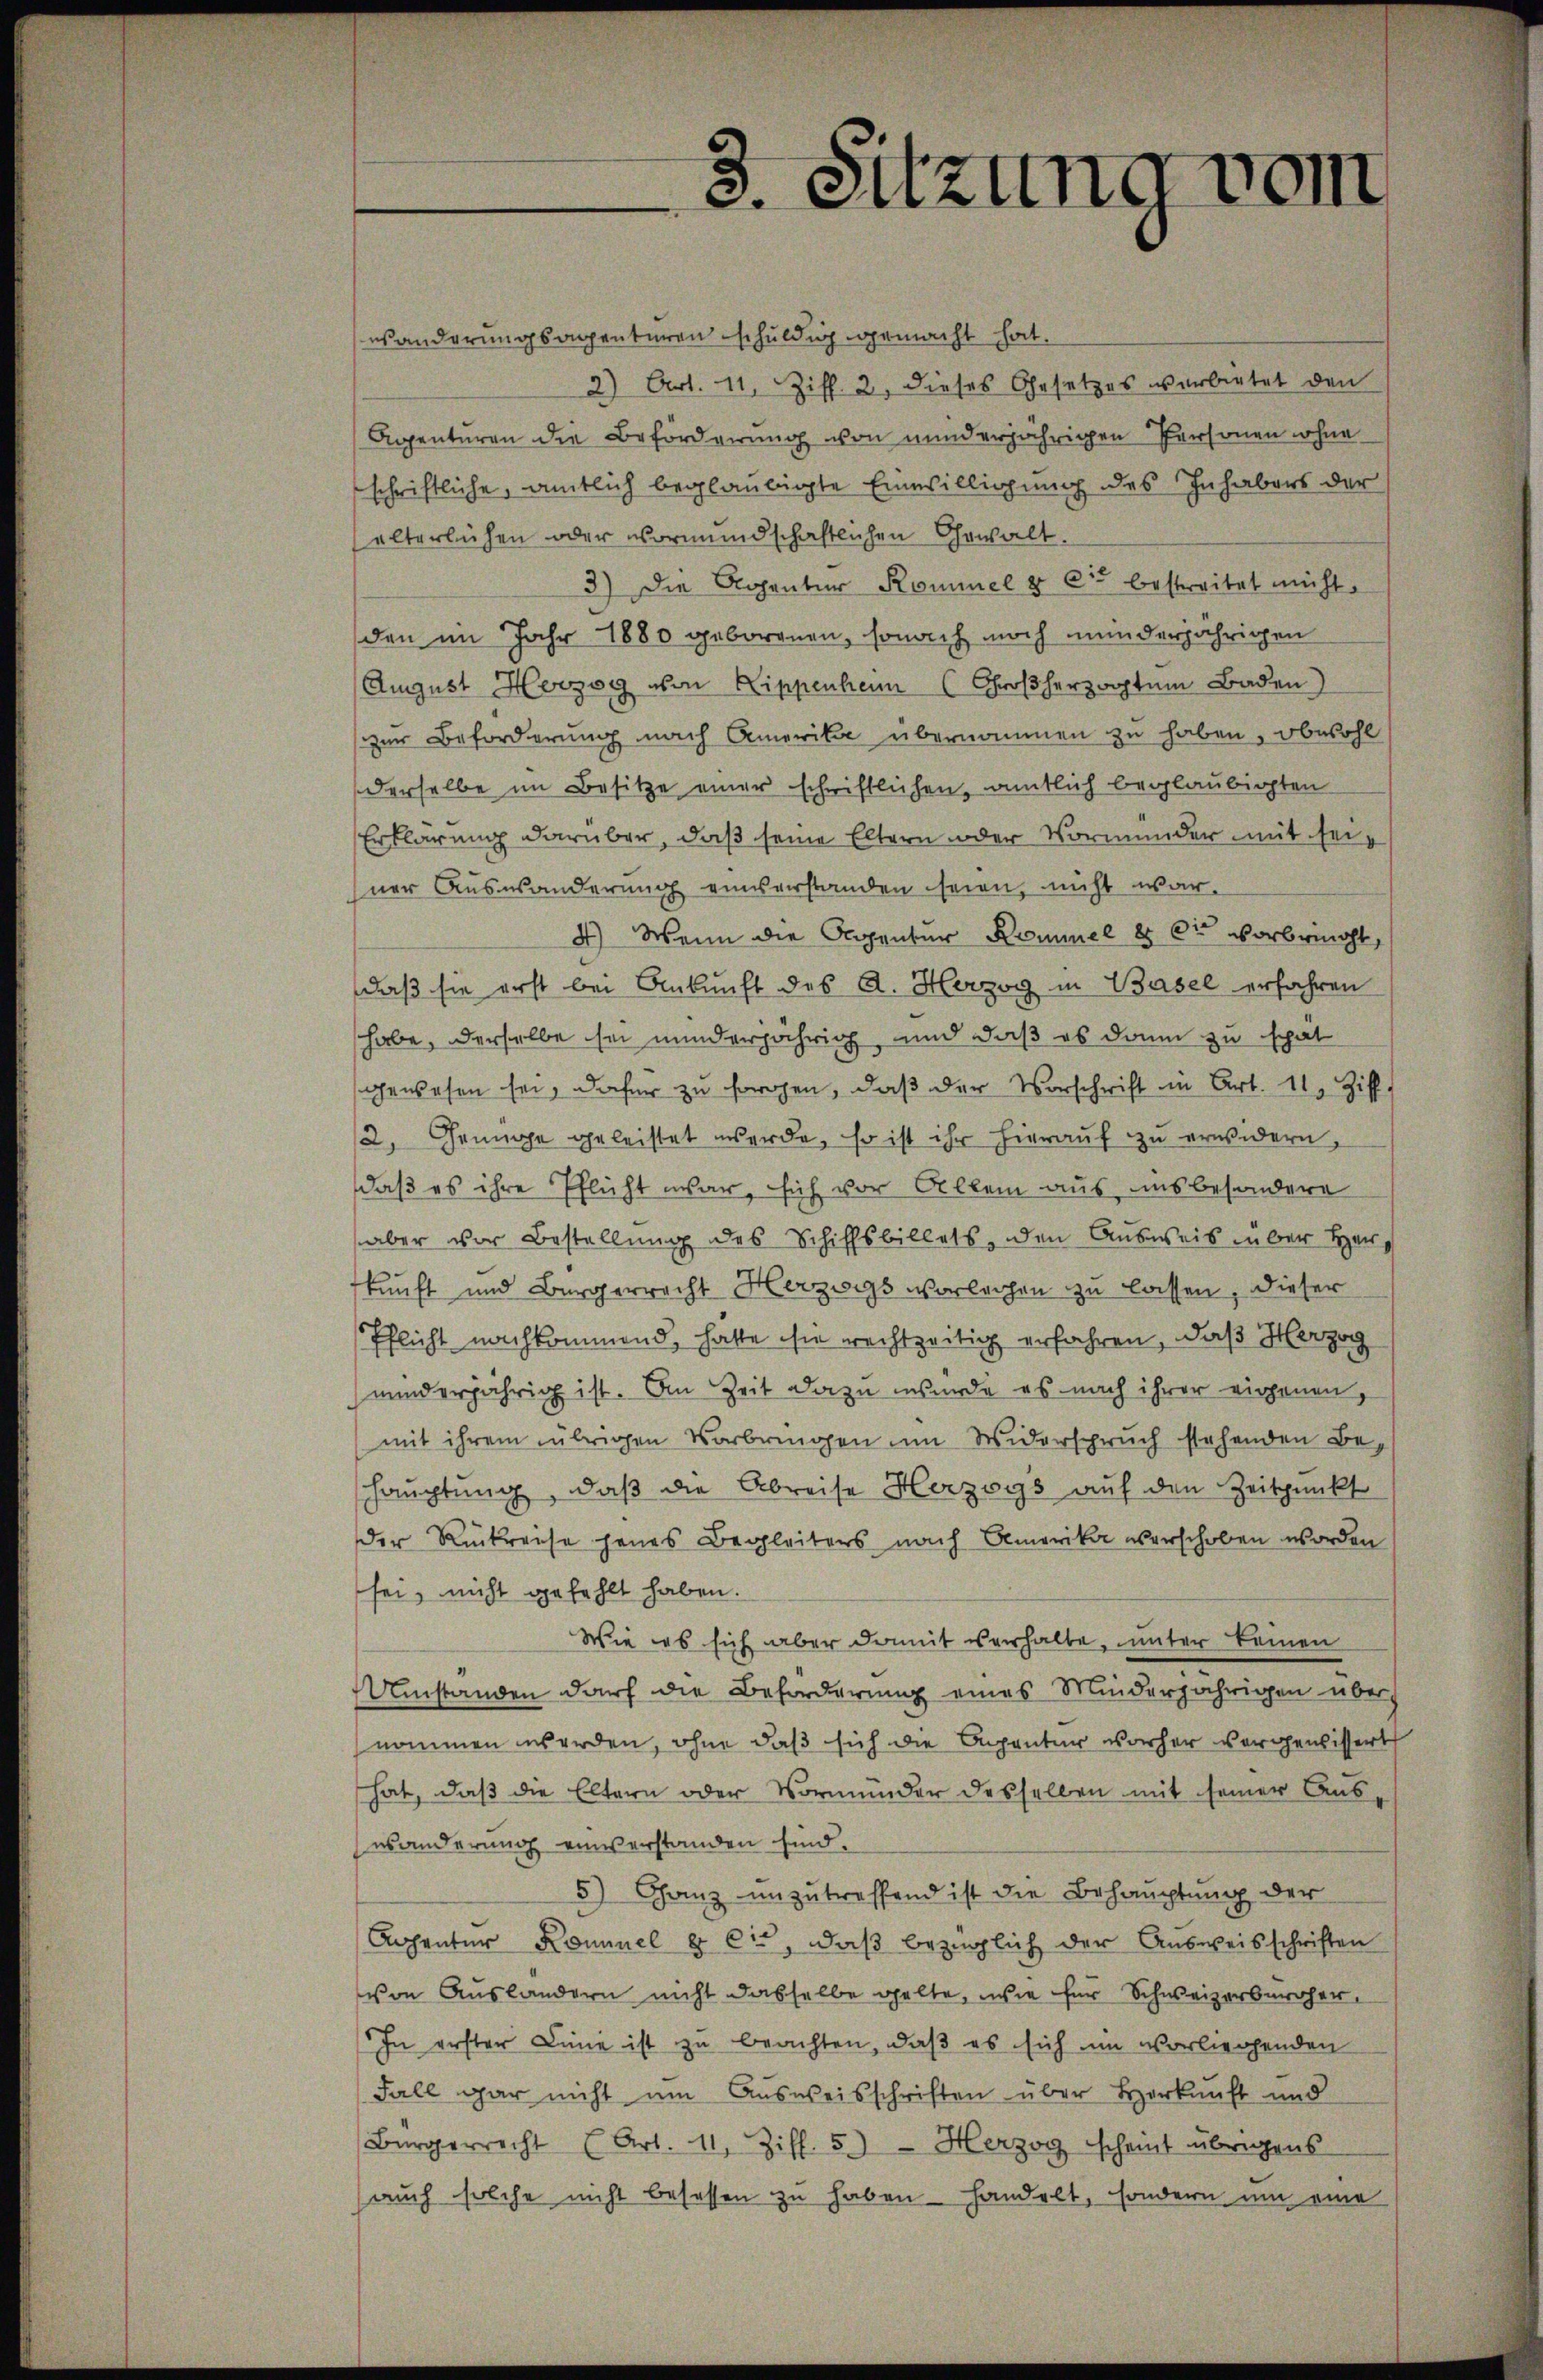
s. Sitzung vom

esänderungsagenturen schuldig gemacht hat.
2) Art. 11, Ziff. 2, dieses Gesetzes verbietet den
Agenturen die Beförderung von minderjährigen Personen wohne
schriftliche, amtlich beglaubigte Einwilligung des Inhabens der
alterlichen oder vormundschaftlichen Gewalt.
3) Die Agentur Kommel & Cie bestreitet micht.
den im Jahr 1880 geborenen, sonach noch minderjährigen
August Herzog von Lippenheim Großherzogtum Baden)
zur Beforderung nach Amerika übernommen zu haben, obwohl
derselbe im Besitze einer schriftlichen, amtlich beglaubigten
Erklärung darüber, daß seine Eltern oder Vormunder mit seiner Auswanderung einverstanden seien, nicht war.
4) Wenn die Alpenter Kammel 8 kr vorbricht,
daß sie erst bei Ankunft des A. Herzog in Basel erfahren
habe, derselbe sei minderjährig, und daß es dann zu spät
gewesen sei, dafür zu sorgen, daß der Vorschrift in Art. 11. Ziff.
2. Genüge geleistet werde, so ist ihr hierauf zu erwidern,
daß es ihre Pflicht war, sich vor Allem aus uns besondere
aber vor Bestellung des Schiffsbillets, den Ausweis über Hankunft und Bürgerrecht Herzogs vorleihen zu lassen, dieser
Pflicht nachkommend, hatte sie rechtzeitig erfahren, daß Herzog
minderjährig ist. An Zeit dazu wurde es nach ihrer eigenen,
mit ihrem übrigen Vorbringen um Widerspruch stehenden Be¬
Hauptung, daß die Abreise Herzogs auf den Zeitpunkt
der Rückreise jenes Begleiters nach Amerikar verschoben worden
sei, nicht gefehlt haben.
Wie es sich aber damit verhalte, unter keinen
Umstanden darf die Beforderung eines Minderjährigen übernommen werden, ohne daß sich die Beganter vorher vorgewissert
hat, daß die Eltern oder Vormunder desselben mit seiner Aus
wänderung einverstanden sind.
5) Ganz unzutreffend ist die Behauptung der
Arhenter Kommel & Cie, daß bezüglich der Ausweisschriften
von Auslandern nicht dasselbe gelte, wie für Schweizerbürger
In erster Linie ist zu beachten, daß es sich im vorliegenden
Fall gar nicht um Ausweisschriften über Herkunft und
Bürgerrecht (Art. 11, Ziff. 5) Herzog scheint übrigens
aŭch solche nicht besassen zŭ haben handelt, sondern um eine